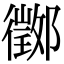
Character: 𨟃